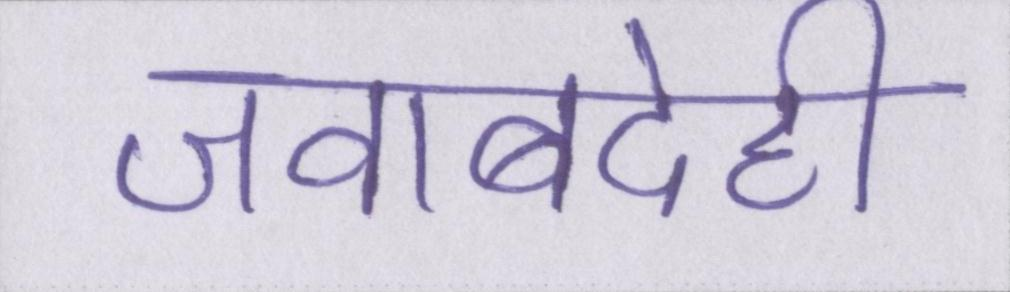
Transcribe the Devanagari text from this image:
जवाबदेही